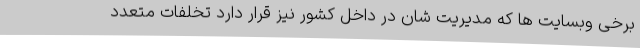
برخی وبسایت ها که مدیریت شان در داخل کشور نیز قرار دارد تخلفات متعدد